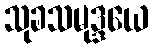
သုခသမုဒ္ဒယေ